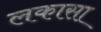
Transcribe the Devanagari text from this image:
लकासा